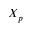
X _ { p }